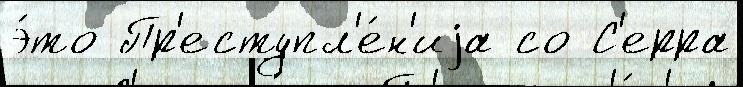
э́то Пр'еступл'е́н'иjа со С'ерра